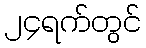
၂၄ရက်တွင်